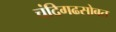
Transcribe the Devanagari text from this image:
चंदिगढसोबत